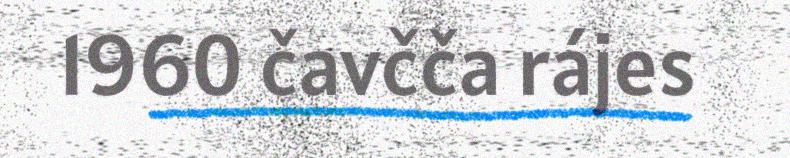
1960 čavčča rájes